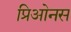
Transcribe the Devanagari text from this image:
प्रिओनस